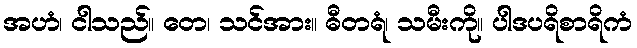
အဟံ၊ ငါသည်။ တေ၊ သင်အား။ ဓီတရံ၊ သမီးကို။ ပါဒပရိစာရိကံ